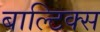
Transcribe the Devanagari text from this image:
बाल्टिक्स